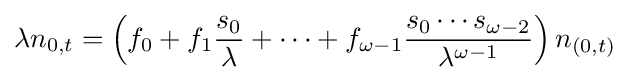
\lambda n_{0,t}=\left(f_{0}+f_{1}{\frac {s_{0}}{\lambda }}+\cdots +f_{\omega -1}{\frac {s_{0}\cdots s_{\omega -2}}{\lambda ^{\omega -1}}}\right)n_{(0,t)}